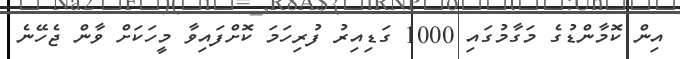
އިން ކޮމާންޑުގެ މަގާމުގައި 1000 ގަޑިއިރު ފުރިހަމަ ކޮށްފައިވާ މީހަކަށް ވާން ޖެހޭނެ